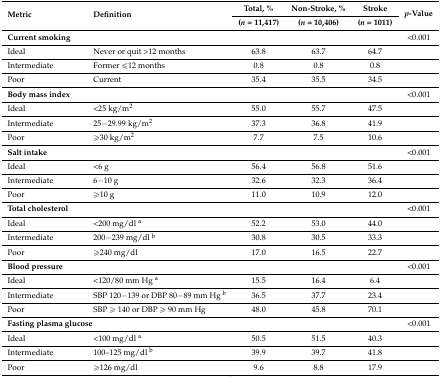
| <ROWSPAN=2> Metric | <ROWSPAN=2> Definition | Total, % | Non-Stroke, % | Stroke | <ROWSPAN=2> p-Value |
 | (n = 11,417) | (n = 10,406) | (n = 1011) |
 | --- | --- | --- | --- | --- | --- |
 | Current smoking |  |  |  |  | <0.001 |
 | Ideal | Never or quit >12 months | 63.8 | 63.7 | 64.7 |  |
 | Intermediate | Former ≤12 months | 0.8 | 0.8 | 0.8 |  |
 | Poor | Current | 35.4 | 35.5 | 34.5 |  |
 | Body mass index |  |  |  |  | <0.001 |
 | Ideal | <25 kg/m2 | 55.0 | 55.7 | 47.5 |  |
 | Intermediate | 25−29.99 kg/m2 | 37.3 | 36.8 | 41.9 |  |
 | Poor | ≥30 kg/m2 | 7.7 | 7.5 | 10.6 |  |
 | Salt intake |  |  |  |  | <0.001 |
 | Ideal | <6 g | 56.4 | 56.8 | 51.6 |  |
 | Intermediate | 6−10 g | 32.6 | 32.3 | 36.4 |  |
 | Poor | ≥10 g | 11.0 | 10.9 | 12.0 |  |
 | Total cholesterol |  |  |  |  | <0.001 |
 | Ideal | <200 mg/dl a | 52.2 | 53.0 | 44.0 |  |
 | Intermediate | 200−239 mg/dl b | 30.8 | 30.5 | 33.3 |  |
 | Poor | ≥240 mg/dl | 17.0 | 16.5 | 22.7 |  |
 | Blood pressure |  |  |  |  | <0.001 |
 | Ideal | <120/80 mm Hg a | 15.5 | 16.4 | 6.4 |  |
 | Intermediate | SBP 120−139 or DBP 80−89 mm Hg b | 36.5 | 37.7 | 23.4 |  |
 | Poor | SBP ≥ 140 or DBP ≥ 90 mm Hg | 48.0 | 45.8 | 70.1 |  |
 | <COLSPAN=2> Fasting plasma glucose |  |  |  | <0.001 |
 | Ideal | <100 mg/dl a | 50.5 | 51.5 | 40.3 |  |
 | Intermediate | 100–125 mg/dl b | 39.9 | 39.7 | 41.8 |  |
 | Poor | ≥126 mg/dl | 9.6 | 8.8 | 17.9 |  |